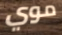
موي